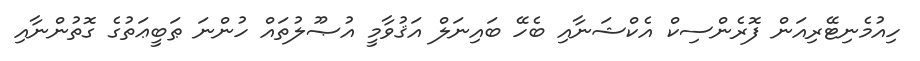
ހިއުމެނިޓޭރިއަން ފޮރެންސިކް އެކްޝަނާއި ބެހޭ ބައިނަލް އަޤުވާމީ އުޞޫލުތައް ހުންނަ ޠަބީޢަތުގެ ގޮތުންނާއި